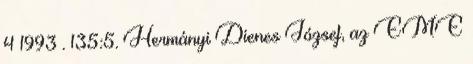
4 1993 . 135:5. Hermányi Dienes József, az EME